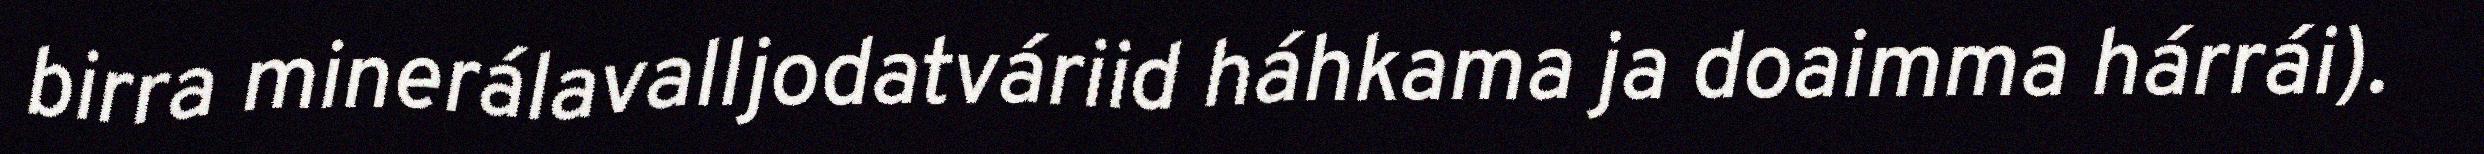
birra minerálavalljodatváriid háhkama ja doaimma hárrái).